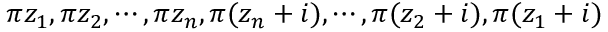
\pi z _ { 1 } , \pi z _ { 2 } , \cdots , \pi z _ { n } , \pi ( z _ { n } + i ) , \cdots , \pi ( z _ { 2 } + i ) , \pi ( z _ { 1 } + i )